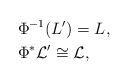
LaTeX: \begin{align*}&\Phi ^{-1}(L')=L, \\&\Phi ^*\mathcal{L}'\cong \mathcal{L}, \end{align*}